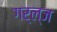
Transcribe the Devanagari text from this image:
गर्ल्‍ज